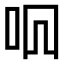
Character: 𫩦